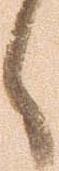
候